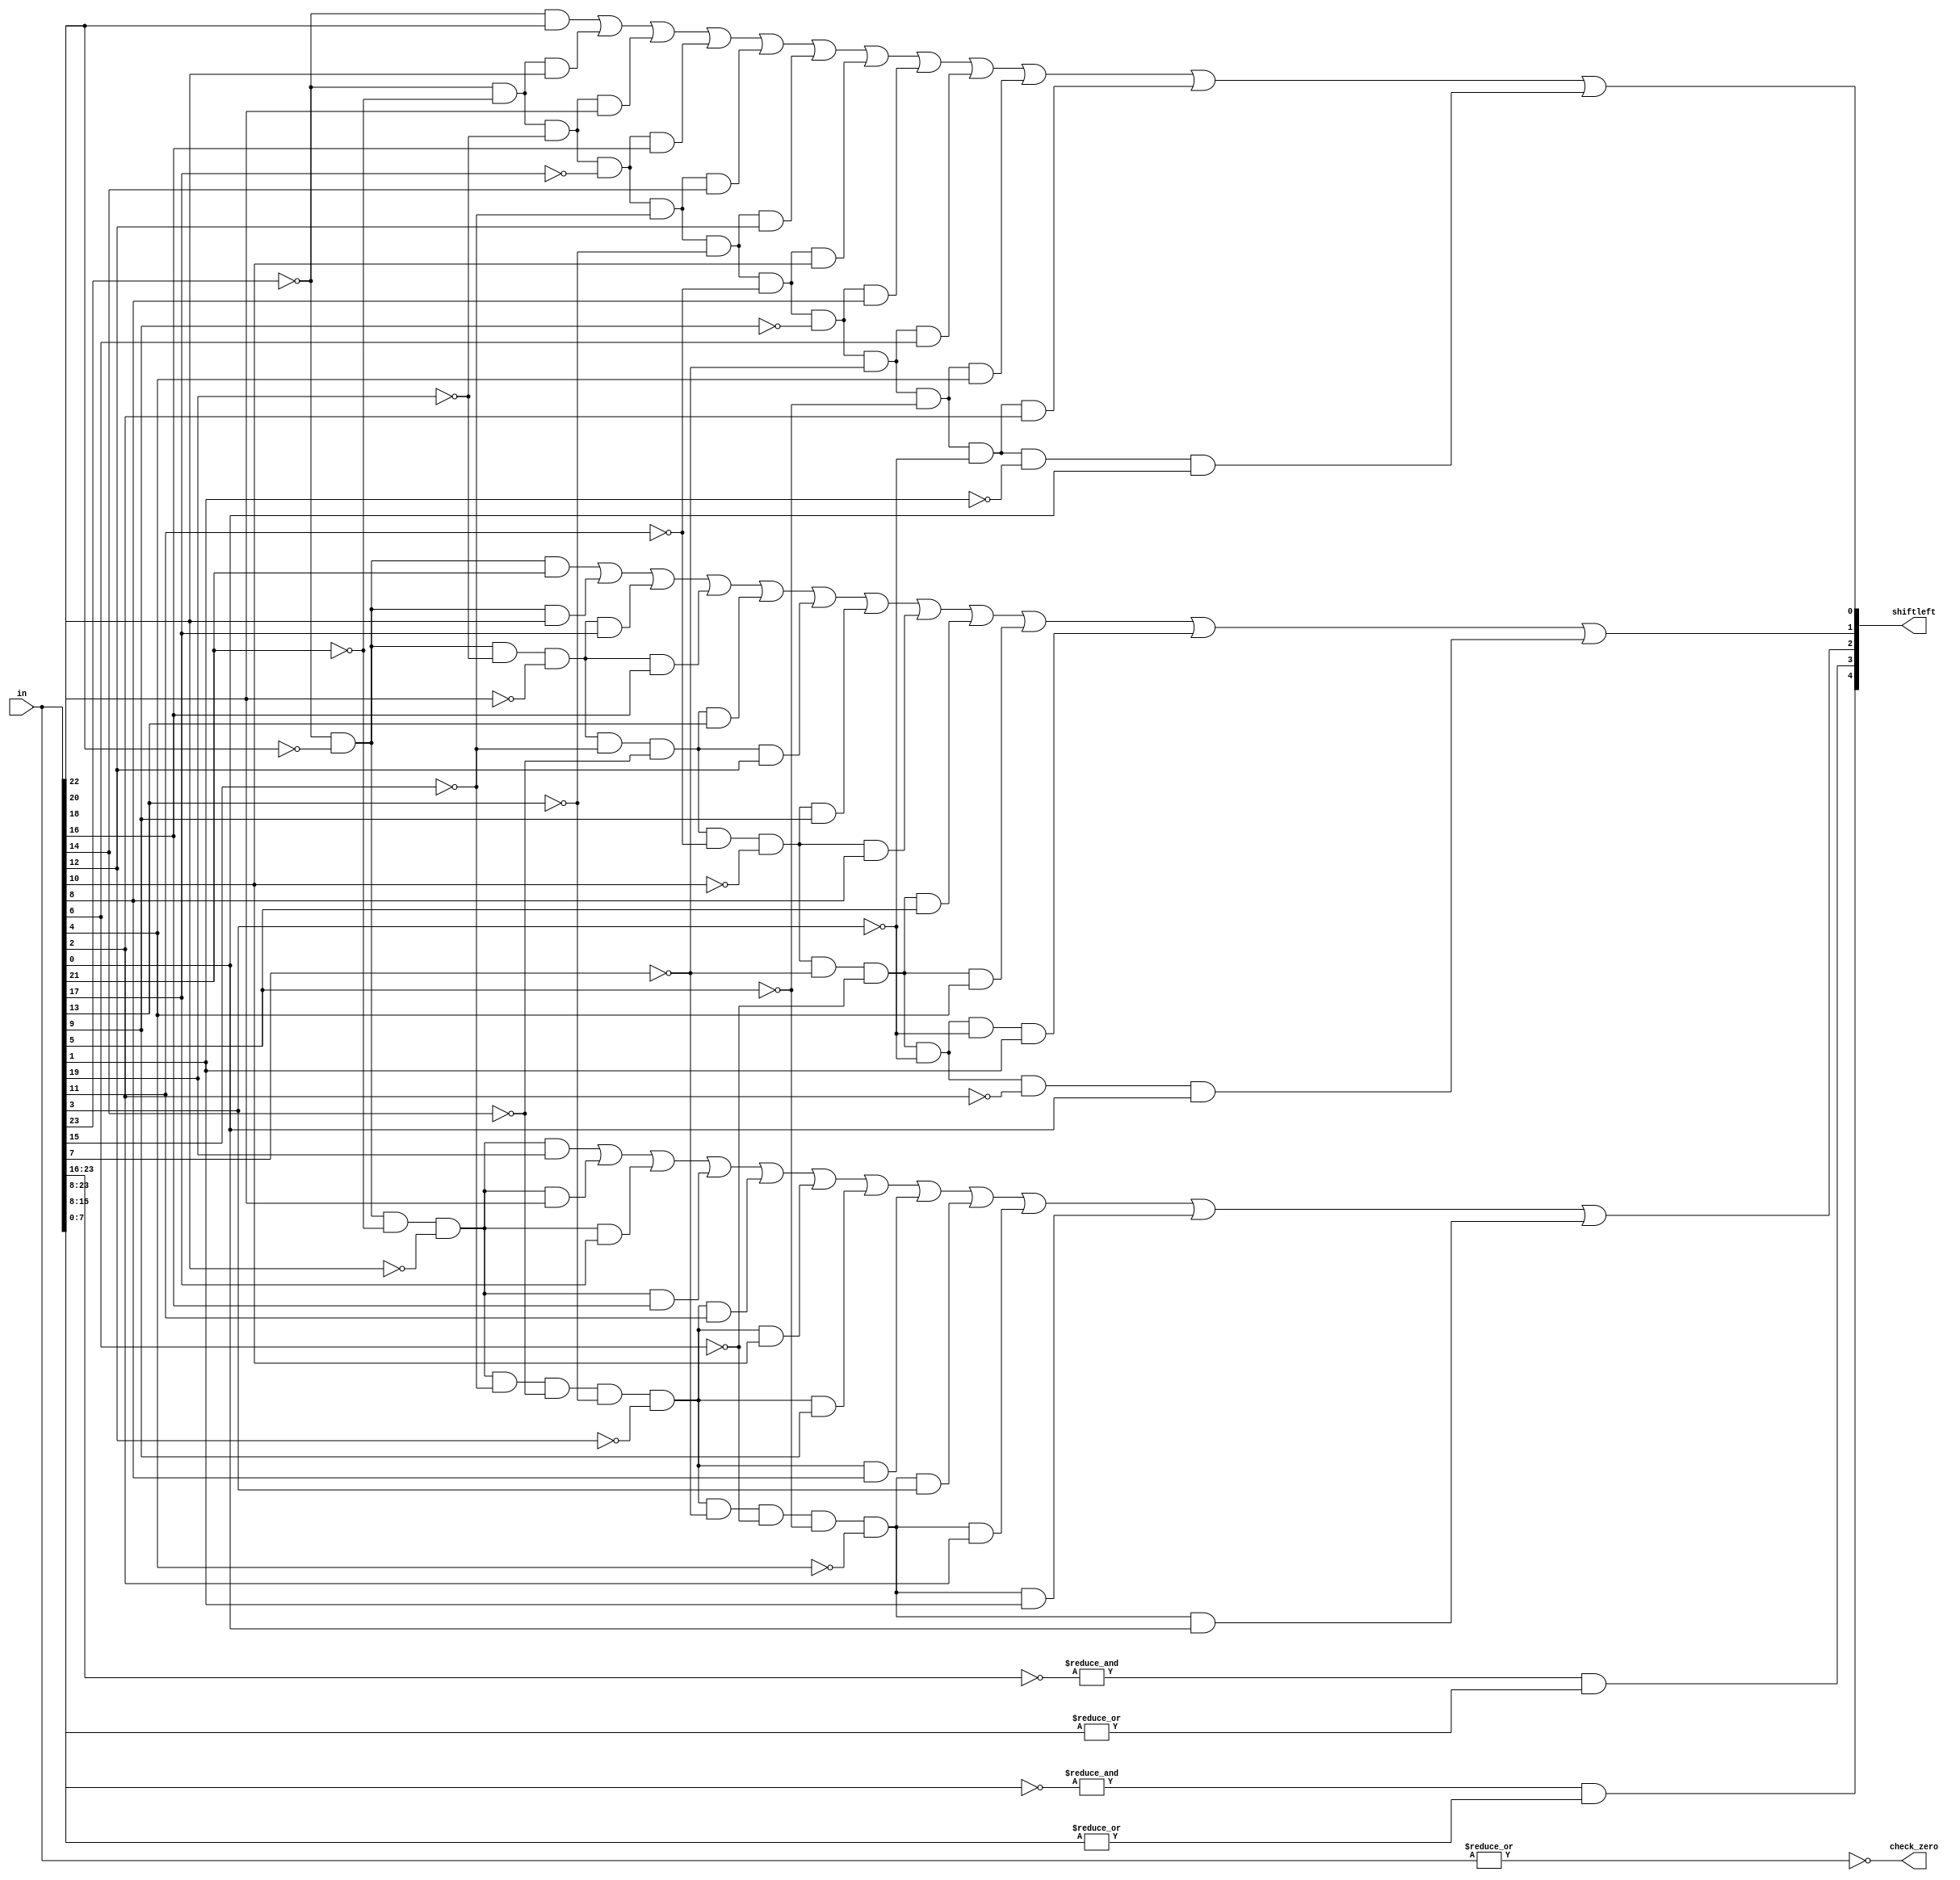
module tim_bit1(in, shiftleft, check_zero);
  
	input	[24:0] in;
	output	[4:0] shiftleft;
	output check_zero;

//Kiem tra so 0 trong chuoi 32bit so 
assign 	check_zero = ~(|(in));
//dich trai 1 bit phan significant
assign 	shiftleft[0]=	  (~in[23]&in[22])
                        |(~in[23]&~in[21]&in[20])
			|(~in[23]&~in[21]&~in[19]&in[18])
			|(~in[23]&~in[21]&~in[19]&~in[17]&in[16])
			|(~in[23]&~in[21]&~in[19]&~in[17]&~in[15]&in[14])
			|(~in[23]&~in[21]&~in[19]&~in[17]&~in[15]&~in[13]&in[12])
			|(~in[23]&~in[21]&~in[19]&~in[17]&~in[15]&~in[13]&~in[11]&in[10])
			|(~in[23]&~in[21]&~in[19]&~in[17]&~in[15]&~in[13]&~in[11]&~in[9]&in[8])
			|(~in[23]&~in[21]&~in[19]&~in[17]&~in[15]&~in[13]&~in[11]&~in[9]&~in[7]&in[6])
			|(~in[23]&~in[21]&~in[19]&~in[17]&~in[15]&~in[13]&~in[11]&~in[9]&~in[7]&~in[5]&in[4])
			|(~in[23]&~in[21]&~in[19]&~in[17]&~in[15]&~in[13]&~in[11]&~in[9]&~in[7]&~in[5]&~in[3]&in[2])
			|(~in[23]&~in[21]&~in[19]&~in[17]&~in[15]&~in[13]&~in[11]&~in[9]&~in[7]&~in[5]&~in[3]&~in[1]&in[0]);
//dich trai 2 bit phan significant
assign	shiftleft[1]=    (~in[23]&~in[22]&in[21])
                        |(~in[23]&~in[22]&in[20])
			|(~in[23]&~in[22]&~in[19]&~in[18]&in[17])
			|(~in[23]&~in[22]&~in[19]&~in[18]&in[16])
			|(~in[23]&~in[22]&~in[19]&~in[18]&~in[15]&~in[14]&in[13])
			|(~in[23]&~in[22]&~in[19]&~in[18]&~in[15]&~in[14]&in[12])
			|(~in[23]&~in[22]&~in[19]&~in[18]&~in[15]&~in[14]&~in[11]&~in[10]&in[9])
			|(~in[23]&~in[22]&~in[19]&~in[18]&~in[15]&~in[14]&~in[11]&~in[10]&in[8])
			|(~in[23]&~in[22]&~in[19]&~in[18]&~in[15]&~in[14]&~in[11]&~in[10]&~in[7]&~in[6]&in[5])
			|(~in[23]&~in[22]&~in[19]&~in[18]&~in[15]&~in[14]&~in[11]&~in[10]&~in[7]&~in[6]&in[4])
			|(~in[23]&~in[22]&~in[19]&~in[18]&~in[15]&~in[14]&~in[11]&~in[10]&~in[7]&~in[6]&~in[3]&~in[3]&in[1])
			|(~in[23]&~in[22]&~in[19]&~in[18]&~in[15]&~in[14]&~in[11]&~in[10]&~in[7]&~in[6]&~in[3]&~in[2]&in[0]);
//dich trai 4 bit phan significant
assign	shiftleft[2]=	 (~in[23]&~in[22]&~in[21]&~in[20]&in[19])
                        |(~in[23]&~in[22]&~in[21]&~in[20]&in[18])
			|(~in[23]&~in[22]&~in[21]&~in[20]&in[17])
			|(~in[23]&~in[22]&~in[21]&~in[20]&in[16])
			|(~in[23]&~in[22]&~in[21]&~in[20]&~in[15]&~in[14]&~in[13]&~in[12]&in[11])
			|(~in[23]&~in[22]&~in[21]&~in[20]&~in[15]&~in[14]&~in[13]&~in[12]&in[10])
			|(~in[23]&~in[22]&~in[21]&~in[20]&~in[15]&~in[14]&~in[13]&~in[12]&in[9])
			|(~in[23]&~in[22]&~in[21]&~in[20]&~in[15]&~in[14]&~in[13]&~in[12]&in[8])
			|(~in[23]&~in[22]&~in[21]&~in[20]&~in[15]&~in[14]&~in[13]&~in[12]&~in[7]&~in[6]&~in[5]&~in[4]&in[3])
			|(~in[23]&~in[22]&~in[21]&~in[20]&~in[15]&~in[14]&~in[13]&~in[12]&~in[7]&~in[6]&~in[5]&~in[4]&in[2])
			|(~in[23]&~in[22]&~in[21]&~in[20]&~in[15]&~in[14]&~in[13]&~in[12]&~in[7]&~in[6]&~in[5]&~in[4]&in[1])
			|(~in[23]&~in[22]&~in[21]&~in[20]&~in[15]&~in[14]&~in[13]&~in[12]&~in[7]&~in[6]&~in[5]&~in[4]&in[0]);
//dich trai 8 bit phan significant
assign	shiftleft[3]=	((&(~in[23:16]))&(|in[15:8]));
//dich trai 16 bit phan significant
assign	shiftleft[4]=	((&(~in[23:8]))&(|in[7:0]));
endmodule